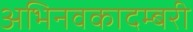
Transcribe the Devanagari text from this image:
अभिनवकादम्बरी